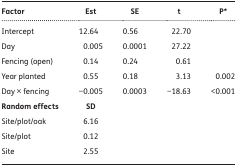
| Factor | Est | SE | t | P* |
 | --- | --- | --- | --- | --- |
 | Intercept | 12.64 | 0.56 | 22.70 |  |
 | Day | 0.005 | 0.0001 | 27.22 |  |
 | Fencing (open) | 0.14 | 0.24 | 0.61 |  |
 | Year planted | 0.55 | 0.18 | 3.13 | 0.002 |
 | Day × fencing | −0.005 | 0.0003 | −18.63 | <0.001 |
 | Random effects | SD |  |  |  |
 | Site/plot/oak | 6.16 |  |  |  |
 | Site/plot | 0.12 |  |  |  |
 | Site | 2.55 |  |  |  |